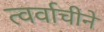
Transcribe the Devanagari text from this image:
त्वर्वाचीने